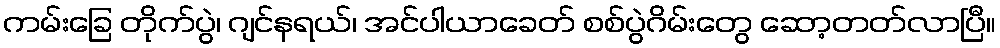
ကမ်းခြေ တိုက်ပွဲ၊ ဂျင်နရယ်၊ အင်ပါယာခေတ် စစ်ပွဲဂိမ်းတွေ ဆော့တတ်လာပြီ။